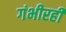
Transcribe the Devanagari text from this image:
गंभीरही